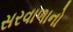
સરવાળાનો